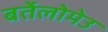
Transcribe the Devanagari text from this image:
बर्तेलोमेउ